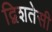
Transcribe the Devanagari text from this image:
द्विशतेसी